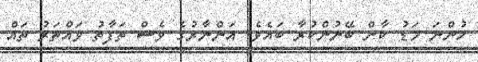
ހުންނަ މަޑު ކާން ބޭނުންކުރާ ބައެވެ. އަންނާރުގެ ވެސް ތަފާތު ވައްތަރު ތައް